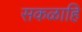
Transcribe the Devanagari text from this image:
सकळाहि